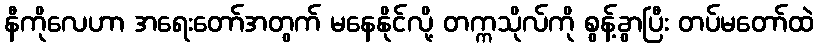
နီကိုလေဟာ အရေးတော်အတွက် မနေနိုင်လို့ တက္ကသိုလ်ကို စွန့်ခွာပြီး တပ်မတော်ထဲ